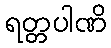
ရတ္တပါဏိ